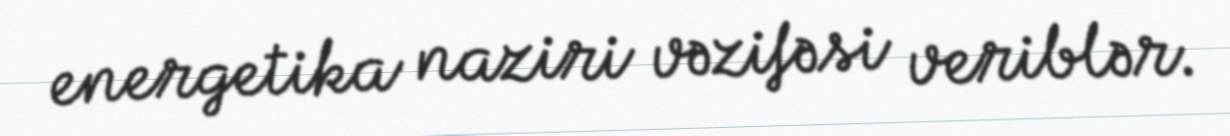
energetika naziri vəzifəsi veriblər.